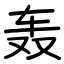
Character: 轰